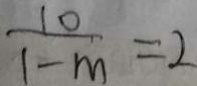
\frac { 1 0 } { 1 - m } = 2